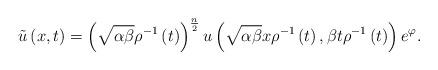
LaTeX: \begin{align*}\tilde{u}\left( x,t\right) =\left( \sqrt{\alpha \beta }\rho ^{-1}\left(t\right) \right) ^{\frac{n}{2}}u\left( \sqrt{\alpha \beta }x\rho ^{-1}\left(t\right) ,\beta t\rho ^{-1}\left( t\right) \right) e^{\varphi }. \end{align*}